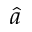
\hat { a }